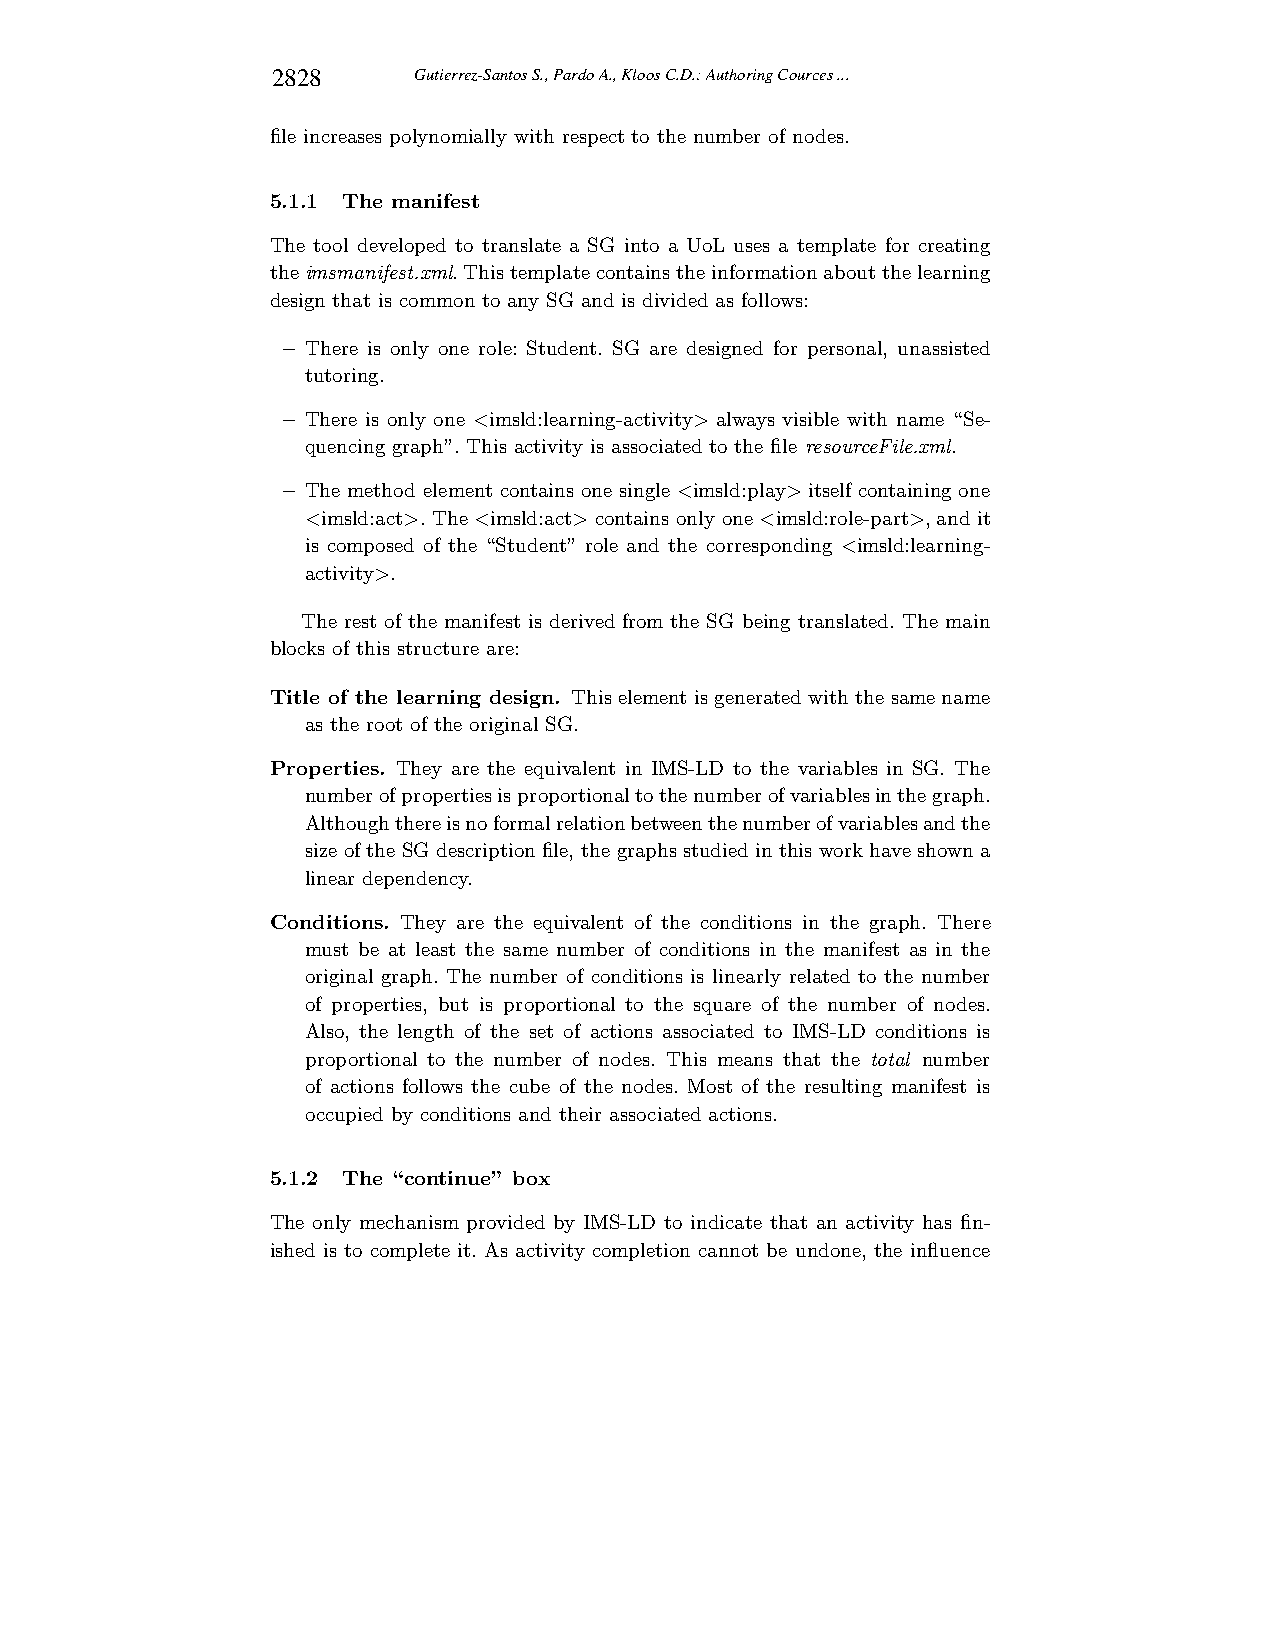
2828     Gutierrez-Santos S., Pardo A., Kloos C.D.: Authoring Cources ...
 file increases polynomially with respect to the number of nodes.
 5.1.1 The manifest
 The tool developed to translate a SG into a UoL uses a template for creating
 the imsmanifest.xml. This template containsthe informationaboutthe learning
 design that is common to any SG and is divided as follows:
 – There is only one role: Student. SG are designed for personal, unassisted
 tutoring.
 – There is only one <imsld:learning-activity> always visible with name “Se-
 quencing graph”. This activity is associated to the file resourceFile.xml.
 – The method element contains one single <imsld:play> itself containing one
 <imsld:act>. The <imsld:act> contains only one <imsld:role-part>,and it
 is composed of the “Student” role and the corresponding <imsld:learning-
 activity>.
 The rest of the manifest is derived from the SG being translated. The main
 blocks of this structure are:
 Title of the learning design. This element is generatedwith the same name
 as the root of the original SG.
 Properties. They are the equivalent in IMS-LD to the variables in SG. The
 numberofpropertiesisproportionaltothenumberofvariablesinthegraph.
 Althoughthereisnoformalrelationbetweenthenumberofvariablesandthe
 size of the SG descriptionfile, the graphsstudied in this work haveshowna
 linear dependency.
 Conditions. They are the equivalent of the conditions in the graph. There
 must be at least the same number of conditions in the manifest as in the
 original graph. The number of conditions is linearly related to the number
 of properties, but is proportional to the square of the number of nodes.
 Also, the length of the set of actions associated to IMS-LD conditions is
 proportional to the number of nodes. This means that the total number
 of actions follows the cube of the nodes. Most of the resulting manifest is
 occupied by conditions and their associated actions.
 5.1.2 The “continue” box
 The only mechanism provided by IMS-LD to indicate that an activity has fin-
 ished is to complete it. As activity completion cannot be undone, the influence